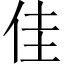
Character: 佳